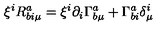
\xi ^ { i } R _ { b i \mu } ^ { a } = \xi ^ { i } \partial _ { i } \Gamma _ { b \mu } ^ { a } + \Gamma _ { b i } ^ { a } \delta _ { \mu } ^ { i }